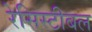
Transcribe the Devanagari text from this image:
रेसिस्टीबल